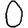
Digit: 0